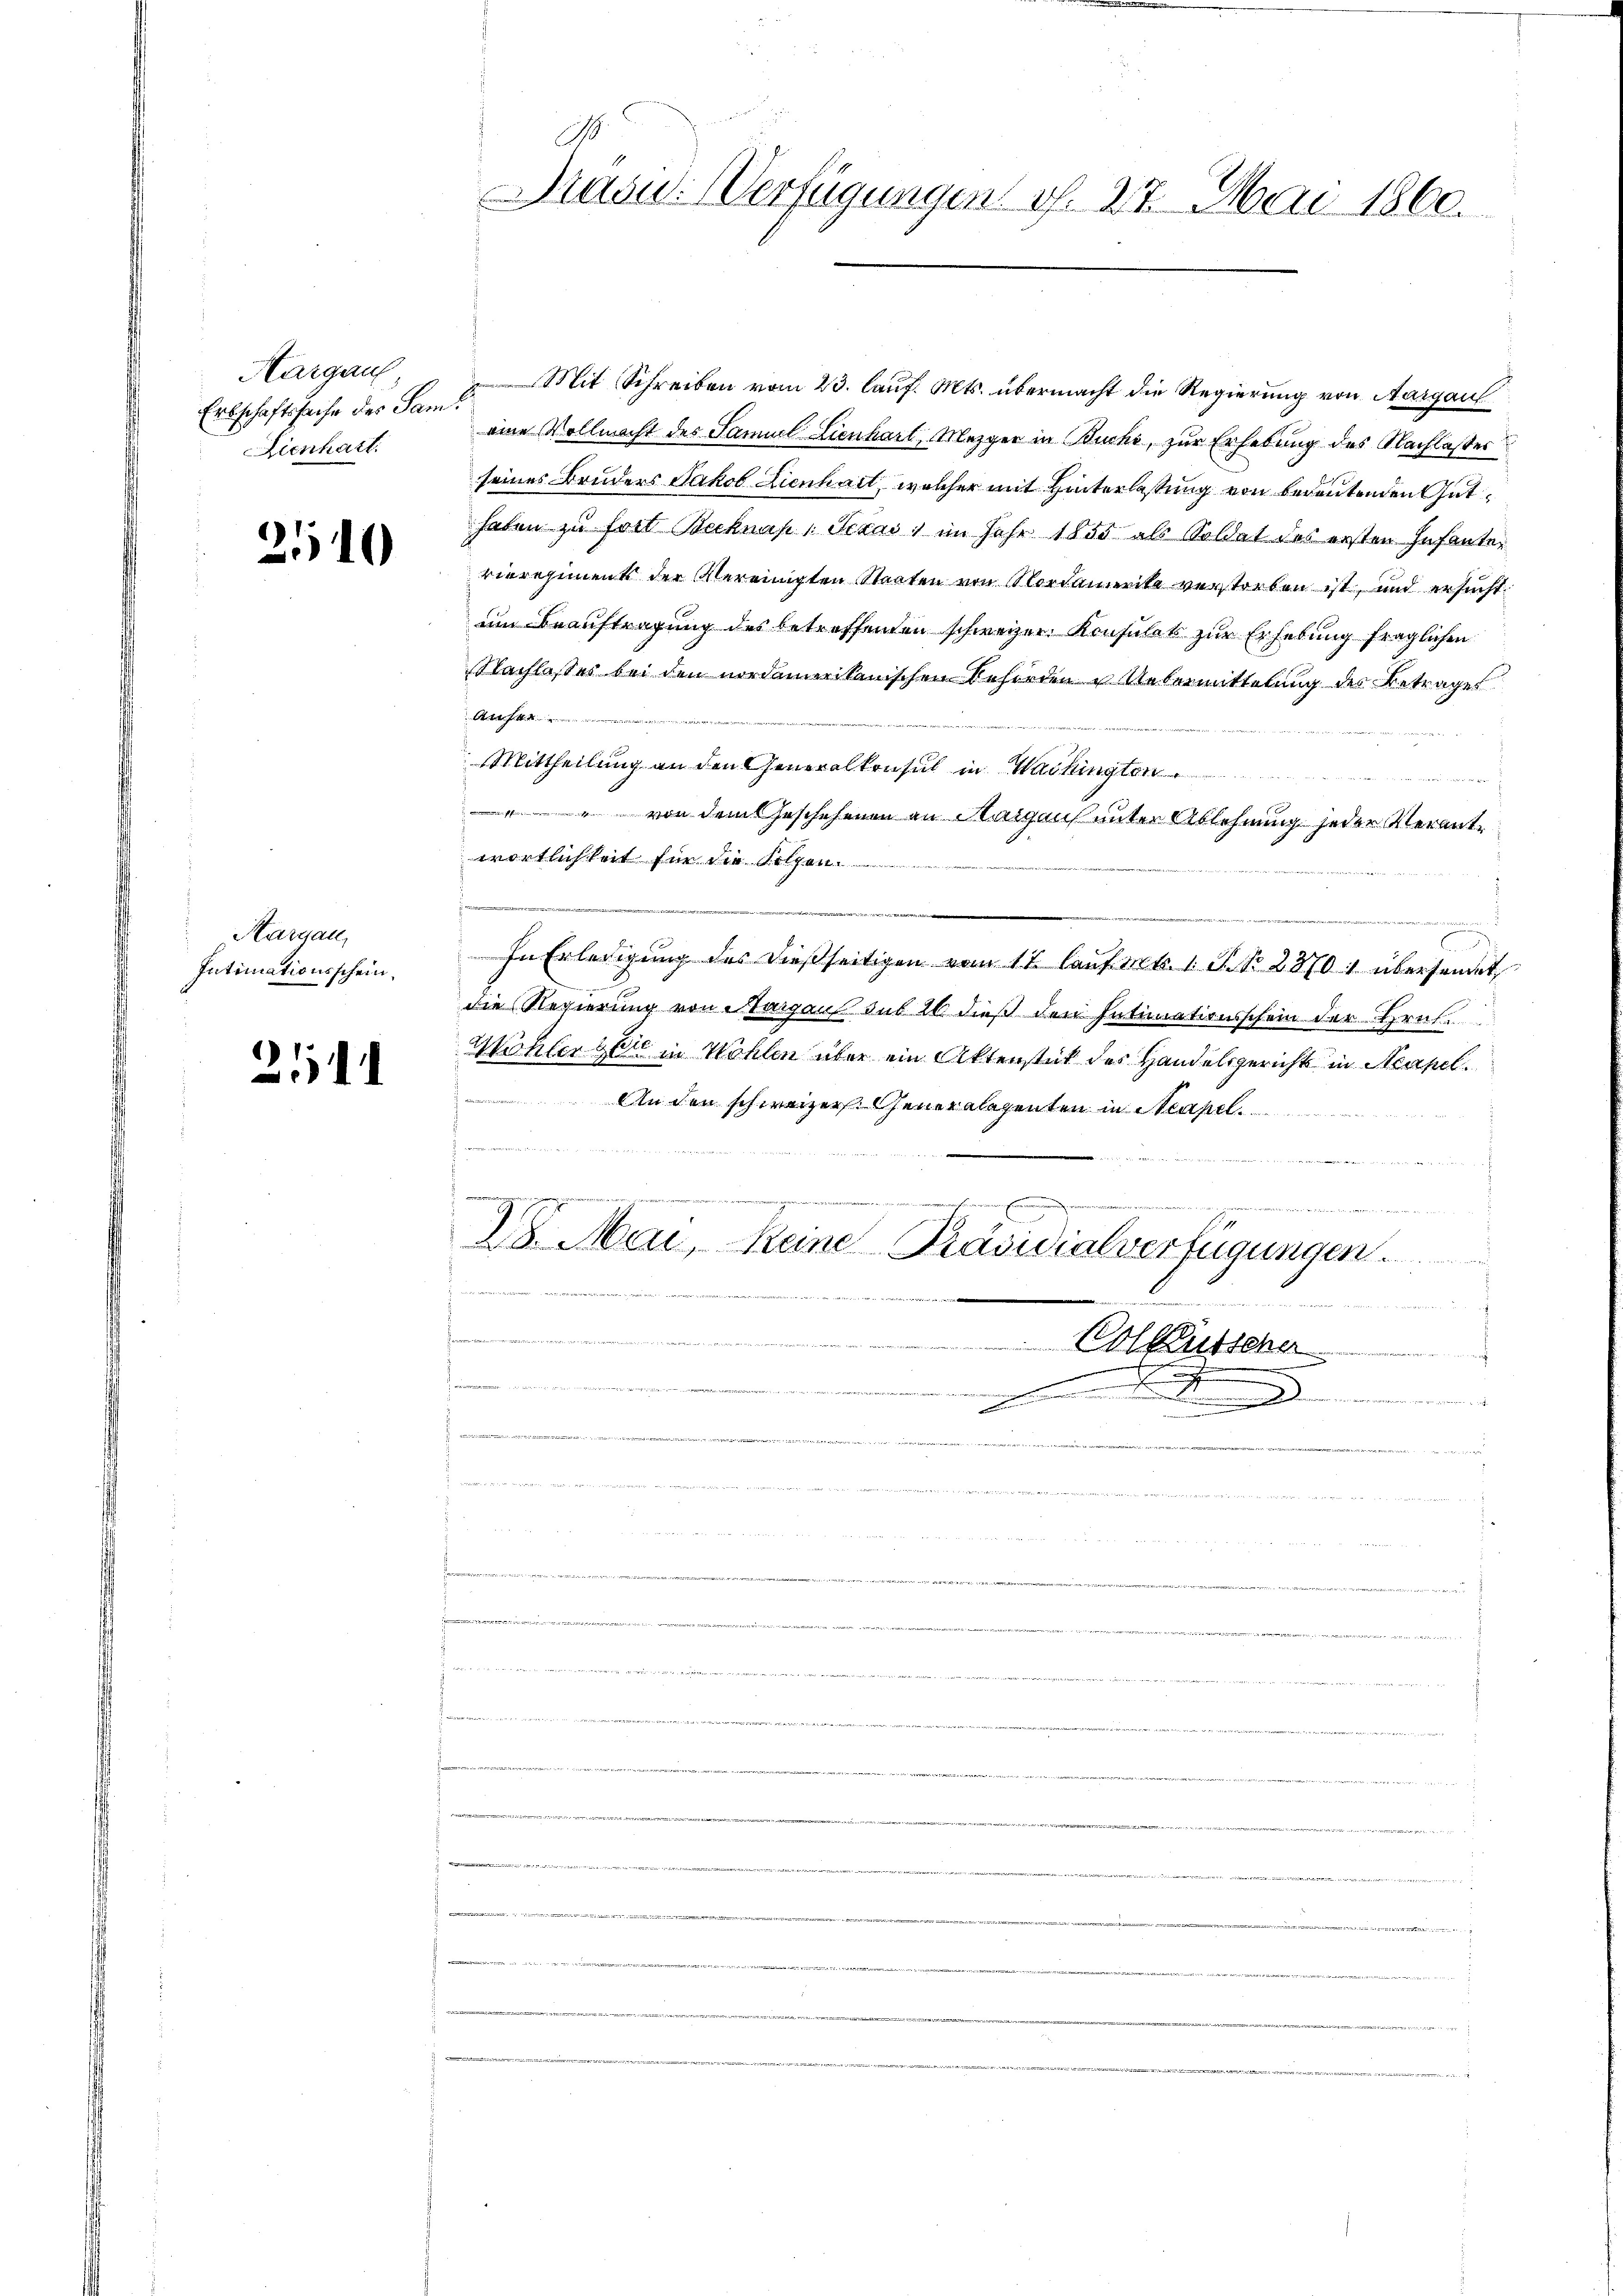
Aargaus,
Erbschaftssache des Saml
Lienhart.

2540

Kargau,
Intimationsschein,

21

.
Diasu. Verfügungen v. 27. Mai 1860.

Mit Schreiben vom 23. lauf. Mts. übermacht die Regierung von Aargau
eine Vollmacht des Samuel Lienhart, Mezger in Buche, zur Erhebung des Nachlasser
seines Bruders Jakob Lienhait, welcher mit Hinterlassung von bedeutenden Guthaben zu fort Becknap, Schai) im Jahr 1855 als Soldat des ersten Infante-
vieregiments der Vereinigten Staaten von Nordamerike verstorben ist, und ersucht.
em Beauftragung des betreffenden schweizer Konsulats zur Erhebung fraglichen
NNachlasses bei den nordamerikanischen Behörden u. Uebermittelung des Betrages
4
Mittheilung an den Generalkonsul in Waihingten.
an
 von dem Geschehenen an Margaus unter Ablehnung jeder Verantwortlichkeit für die Folgen

n
In Erledigung des dießseitigen vom 17. laŭf rt. 1 S. Nr. 28701 übersendet
die Regierung von Margaus sub 16 dieß den Intimationsschein der Hrn
Mühler gere in Wohlen über ein Aktenstück des Handelsgerichts in Neapel.
An den schweizer. Generalegenten in Neapel

28. Mai, Reine Präsidialverfügungen.
.
fin

de
und ein einen

Eolkutsche
 .

.
1. In die Bern, die ist der Kinden wie dieser gegendenen von 144 dies dortion zu veran erstand an ich in der
sidenten in den Base

 24
4
f
e
n
die
e

e

e

u
de
swert
a
xxcurirt